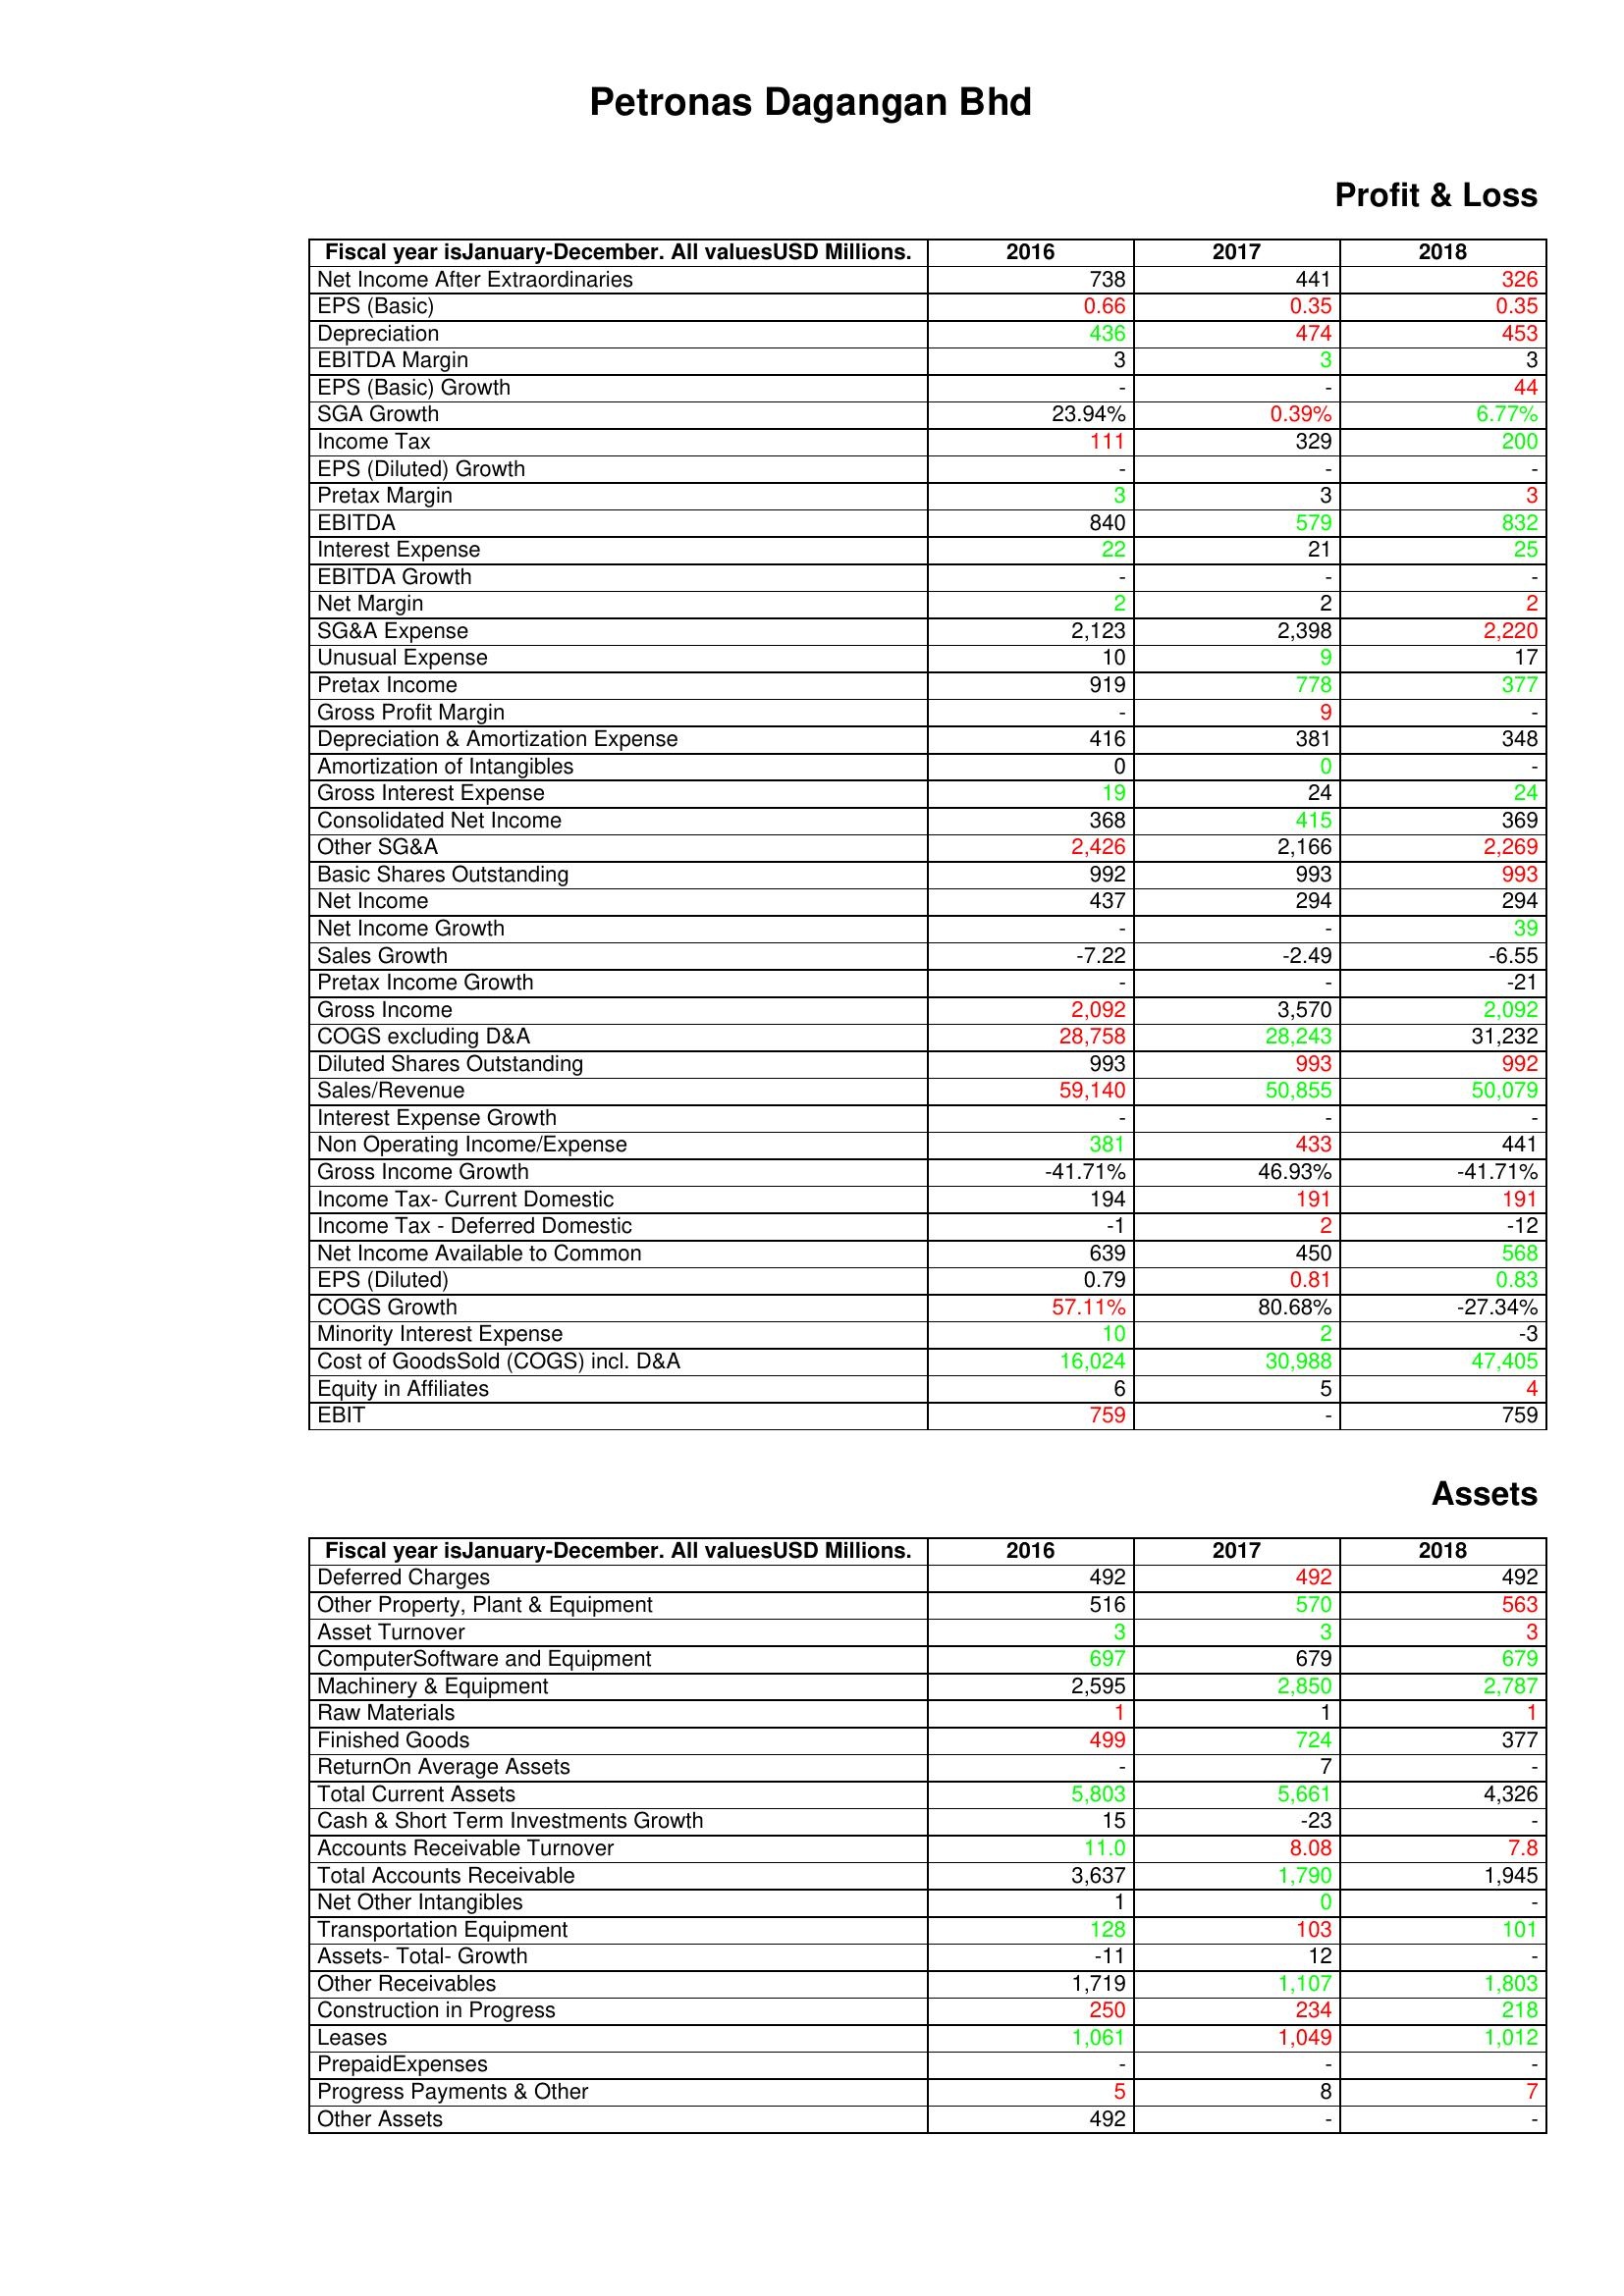
gt_parse: 2016: Profit & Loss: Net Income After Extraordinaries: 738
EPS (Basic): 0.66
Depreciation: 436
EBITDA Margin: 3
EPS (Basic) Growth: -
SGA Growth: 23.94%
Income Tax: 111
EPS (Diluted) Growth: -
Pretax Margin: 3
EBITDA: 840
Interest Expense: 22
EBITDA Growth: -
Net Margin: 2
SG&A Expense: 2,123
Unusual Expense: 10
Pretax Income: 919
Gross Profit Margin: -
Depreciation & Amortization Expense: 416
Amortization of Intangibles: 0
Gross Interest Expense: 19
Consolidated Net Income: 368
Other SG&A: 2,426
Basic Shares Outstanding: 992
Net Income: 437
Net Income Growth: -
Sales Growth: -7.22
Pretax Income Growth: -
Gross Income: 2,092
COGS excluding D&A: 28,758
Diluted Shares Outstanding: 993
Sales/Revenue: 59,140
Interest Expense Growth: -
Non Operating Income/Expense: 381
Gross Income Growth: -41.71%
Income Tax- Current Domestic: 194
Income Tax - Deferred Domestic: -1
Net Income Available to Common: 639
EPS (Diluted): 0.79
COGS Growth: 57.11%
Minority Interest Expense: 10
Cost of GoodsSold (COGS) incl. D&A: 16,024
Equity in Affiliates: 6
EBIT: 759
Assets: Deferred Charges: 492
Other Property, Plant & Equipment: 516
Asset Turnover: 3
ComputerSoftware and Equipment: 697
Machinery & Equipment: 2,595
Raw Materials: 1
Finished Goods: 499
ReturnOn Average Assets: -
Total Current Assets: 5,803
Cash & Short Term Investments Growth: 15
Accounts Receivable Turnover: 11.0
Total Accounts Receivable: 3,637
Net Other Intangibles: 1
Transportation Equipment: 128
Assets- Total- Growth: -11
Other Receivables: 1,719
Construction in Progress: 250
Leases: 1,061
PrepaidExpenses: -
Progress Payments & Other: 5
Other Assets: 492
2017: Profit & Loss: Net Income After Extraordinaries: 441
EPS (Basic): 0.35
Depreciation: 474
EBITDA Margin: 3
EPS (Basic) Growth: -
SGA Growth: 0.39%
Income Tax: 329
EPS (Diluted) Growth: -
Pretax Margin: 3
EBITDA: 579
Interest Expense: 21
EBITDA Growth: -
Net Margin: 2
SG&A Expense: 2,398
Unusual Expense: 9
Pretax Income: 778
Gross Profit Margin: 9
Depreciation & Amortization Expense: 381
Amortization of Intangibles: 0
Gross Interest Expense: 24
Consolidated Net Income: 415
Other SG&A: 2,166
Basic Shares Outstanding: 993
Net Income: 294
Net Income Growth: -
Sales Growth: -2.49
Pretax Income Growth: -
Gross Income: 3,570
COGS excluding D&A: 28,243
Diluted Shares Outstanding: 993
Sales/Revenue: 50,855
Interest Expense Growth: -
Non Operating Income/Expense: 433
Gross Income Growth: 46.93%
Income Tax- Current Domestic: 191
Income Tax - Deferred Domestic: 2
Net Income Available to Common: 450
EPS (Diluted): 0.81
COGS Growth: 80.68%
Minority Interest Expense: 2
Cost of GoodsSold (COGS) incl. D&A: 30,988
Equity in Affiliates: 5
EBIT: -
Assets: Deferred Charges: 492
Other Property, Plant & Equipment: 570
Asset Turnover: 3
ComputerSoftware and Equipment: 679
Machinery & Equipment: 2,850
Raw Materials: 1
Finished Goods: 724
ReturnOn Average Assets: 7
Total Current Assets: 5,661
Cash & Short Term Investments Growth: -23
Accounts Receivable Turnover: 8.08
Total Accounts Receivable: 1,790
Net Other Intangibles: 0
Transportation Equipment: 103
Assets- Total- Growth: 12
Other Receivables: 1,107
Construction in Progress: 234
Leases: 1,049
PrepaidExpenses: -
Progress Payments & Other: 8
Other Assets: -
2018: Profit & Loss: Net Income After Extraordinaries: 326
EPS (Basic): 0.35
Depreciation: 453
EBITDA Margin: 3
EPS (Basic) Growth: 44
SGA Growth: 6.77%
Income Tax: 200
EPS (Diluted) Growth: -
Pretax Margin: 3
EBITDA: 832
Interest Expense: 25
EBITDA Growth: -
Net Margin: 2
SG&A Expense: 2,220
Unusual Expense: 17
Pretax Income: 377
Gross Profit Margin: -
Depreciation & Amortization Expense: 348
Amortization of Intangibles: -
Gross Interest Expense: 24
Consolidated Net Income: 369
Other SG&A: 2,269
Basic Shares Outstanding: 993
Net Income: 294
Net Income Growth: 39
Sales Growth: -6.55
Pretax Income Growth: -21
Gross Income: 2,092
COGS excluding D&A: 31,232
Diluted Shares Outstanding: 992
Sales/Revenue: 50,079
Interest Expense Growth: -
Non Operating Income/Expense: 441
Gross Income Growth: -41.71%
Income Tax- Current Domestic: 191
Income Tax - Deferred Domestic: -12
Net Income Available to Common: 568
EPS (Diluted): 0.83
COGS Growth: -27.34%
Minority Interest Expense: -3
Cost of GoodsSold (COGS) incl. D&A: 47,405
Equity in Affiliates: 4
EBIT: 759
Assets: Deferred Charges: 492
Other Property, Plant & Equipment: 563
Asset Turnover: 3
ComputerSoftware and Equipment: 679
Machinery & Equipment: 2,787
Raw Materials: 1
Finished Goods: 377
ReturnOn Average Assets: -
Total Current Assets: 4,326
Cash & Short Term Investments Growth: -
Accounts Receivable Turnover: 7.8
Total Accounts Receivable: 1,945
Net Other Intangibles: -
Transportation Equipment: 101
Assets- Total- Growth: -
Other Receivables: 1,803
Construction in Progress: 218
Leases: 1,012
PrepaidExpenses: -
Progress Payments & Other: 7
Other Assets: -